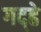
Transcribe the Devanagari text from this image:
गद्ढे